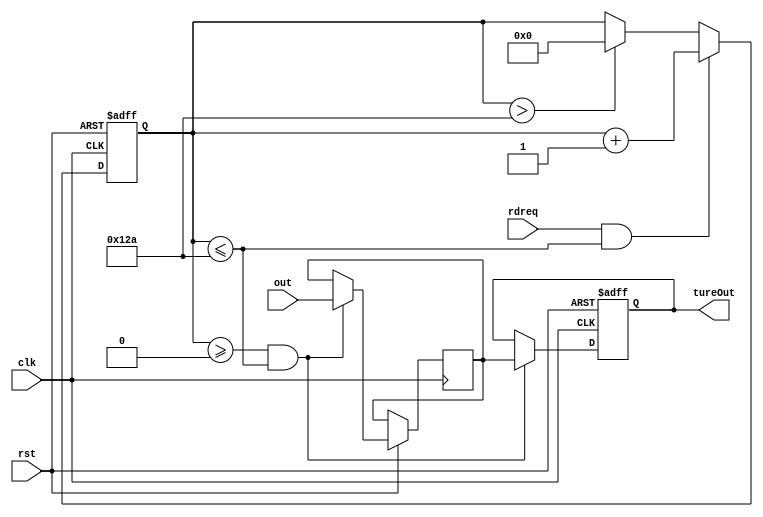
module O(clk,rst,out,tureOut,rdreq);
//module O(clk,rst,rdreq);

input clk,rst,rdreq;
input [14:0] out;
output [14:0] tureOut;
//input out;
//output tureOut;
reg [8:0] cnt;
reg [14:0] mid,tureOut;

//reg [14:0] out;
//reg [14:0] tureOut;

parameter right = 9'd300;
parameter left = 9'd1;

always@(posedge clk or negedge rst)
begin
	if(!rst)
		cnt <= 9'b0;
	else
	begin
		if ((rdreq==1'd1)&&(cnt <= 9'd298))
			cnt <= cnt + 1'd1;
		else if (cnt > 9'd298)
			cnt <= 9'd0;
			end
end

always@(posedge clk or negedge rst)
begin
	if(!rst)
		tureOut <= 14'd0;
	else if ((cnt >= 9'd0) && (cnt <= 9'd298))begin
			mid <= out;
			tureOut <= mid;
			end
end

endmodule